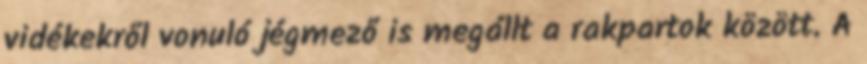
vidékekről vonuló jégmező is megállt a rakpartok között. A